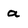
Character: a